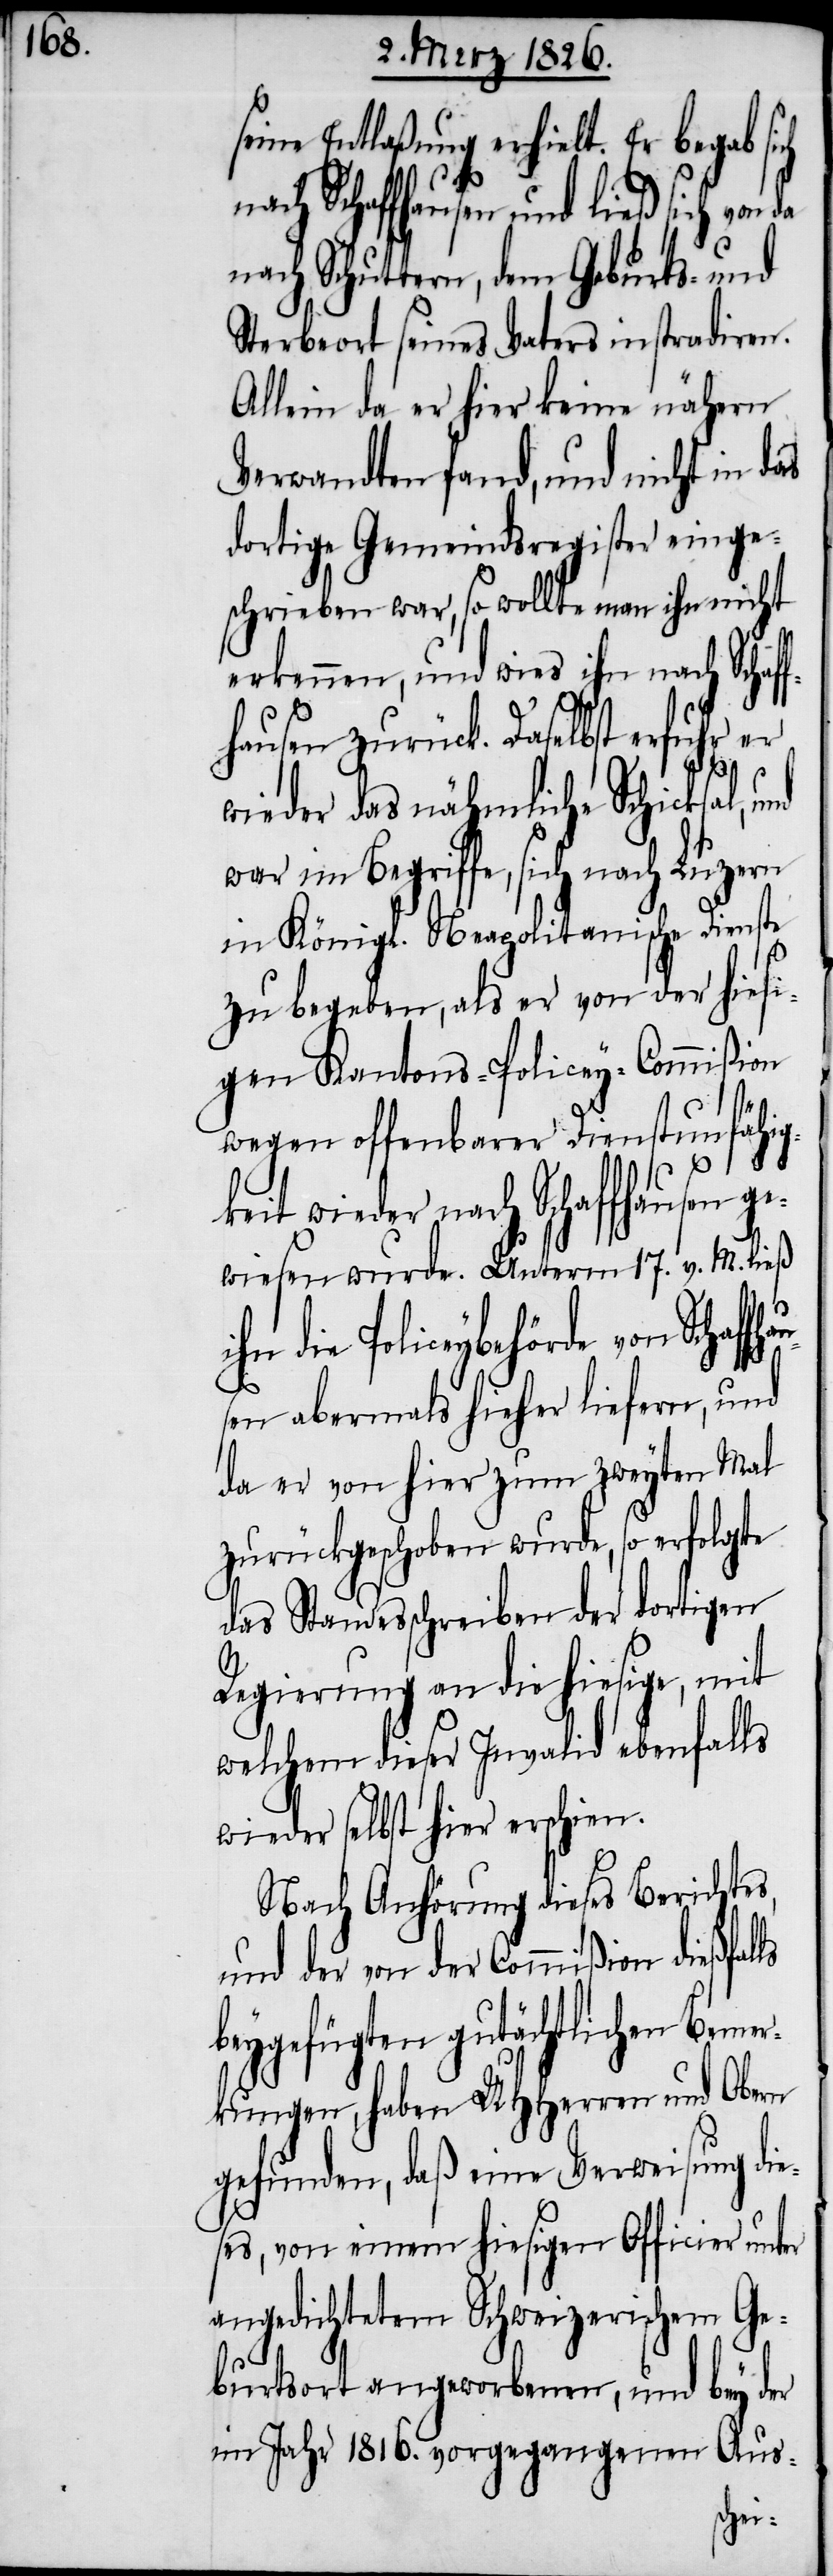
ne Entlaßung erhielt. Er begab s¬
ach Schaffhausen und ließ sich von
nach Schuttern, dem Geburts- und
Sterbeort seines Vaters instradiren.
Allein da er hier keine nähern
Verwandten fand, und nicht in das
dortige Gemeindsregister einge¬
schrieben war, so wollte man ihn nicht
erkennen, und wies ihn nach Schaf¬
fhausen zurück. Daselbst erfuhr er
wieder das nähmliche Schicksal,
war im Begriffe, sich nach Luzern
in Königl. Neapolitanische Dienste
zu begeben, als er von der hiesi¬
gen Kantons-Policey-Commißion
wegen offenbarer Dienstunfähi¬
it wieder nach Schaffhausen
wiesen wurde. Unterm 17. v. M. ließ
ihn die Policeybehörde von Schaf¬
n¬
sen abermals hieher liefern, und
da er von hier zum zweyten Mal
zurückgeschoben wurde, so erfolgte
das Standesschreiben der dortigen
Regierung an die hiesige, mit
welchem dieser Invalid ebenfalls
wieder selbst hier erschien.
Nach Anhörung dieses Berichtes,
und der von der Commißion dießfalls
fügten gutächtlichen Bem¬
kungen, haben UHHerren und Obern
gefunden, daß eine Verweisung die¬
ses, von einem hiesigen Officier unter
angedichtetem Schweizerischem Ge¬
burtsort angeworbenen, und bey der
im Jahr 1816. vorgegangenen Aus-
er¬